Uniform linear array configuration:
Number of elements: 16
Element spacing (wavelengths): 0.25
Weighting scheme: kaiser
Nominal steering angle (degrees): -60
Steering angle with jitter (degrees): -60.736
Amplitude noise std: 0.05
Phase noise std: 0.05

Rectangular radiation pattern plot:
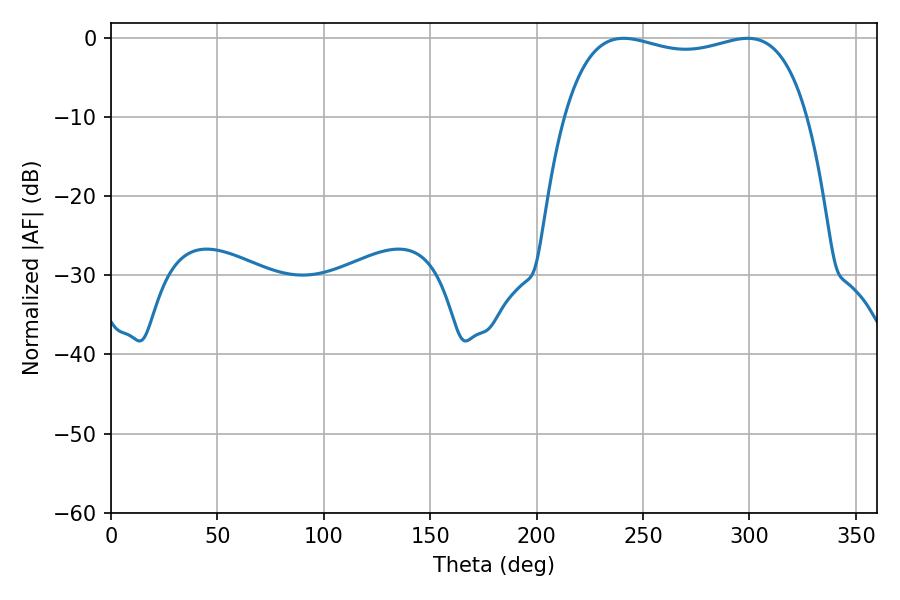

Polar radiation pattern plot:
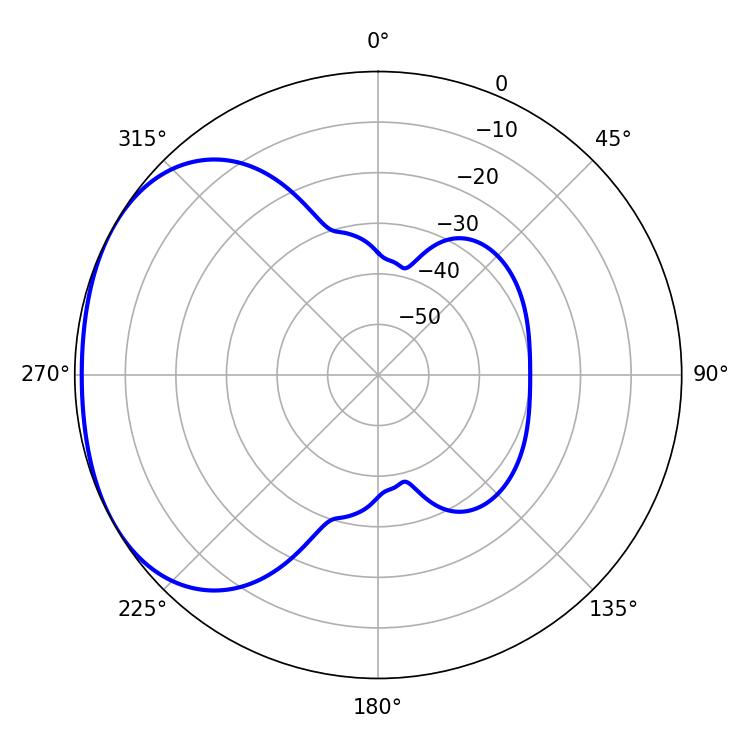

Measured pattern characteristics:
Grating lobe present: FALSE
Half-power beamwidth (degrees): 92.88
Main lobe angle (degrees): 240.84